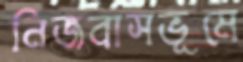
নিজবাসভূমে